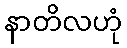
နာတိလဟုံ